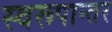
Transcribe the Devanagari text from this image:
स्वरूपान्तर